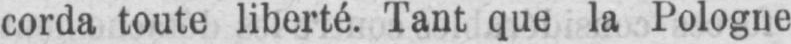
corda toute liberté. Tant que la Pologne